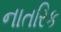
નાતરિક